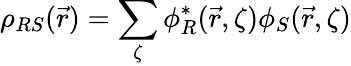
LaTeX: \rho_{RS}(\vec{r})=\sum_{\zeta}\phi_{R}^{*}(\vec{r},\zeta)\phi_{S}(\vec{r},\zeta)